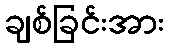
ချစ်ခြင်းအား